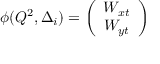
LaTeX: \phi ( Q ^ { 2 } , \Delta _ { i } ) = \left( \begin{array} { c } { { W _ { x t } } } \\ { { W _ { y t } } } \end{array} \right)